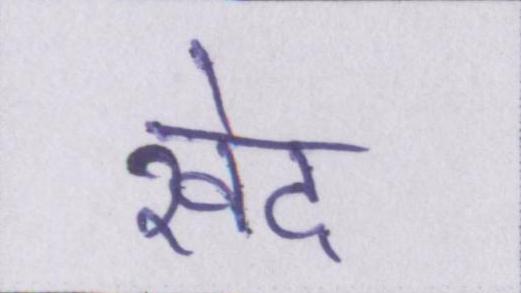
खेद